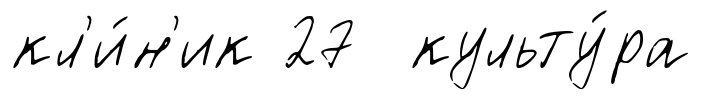
кл'и́н'ик 27 культу́ра